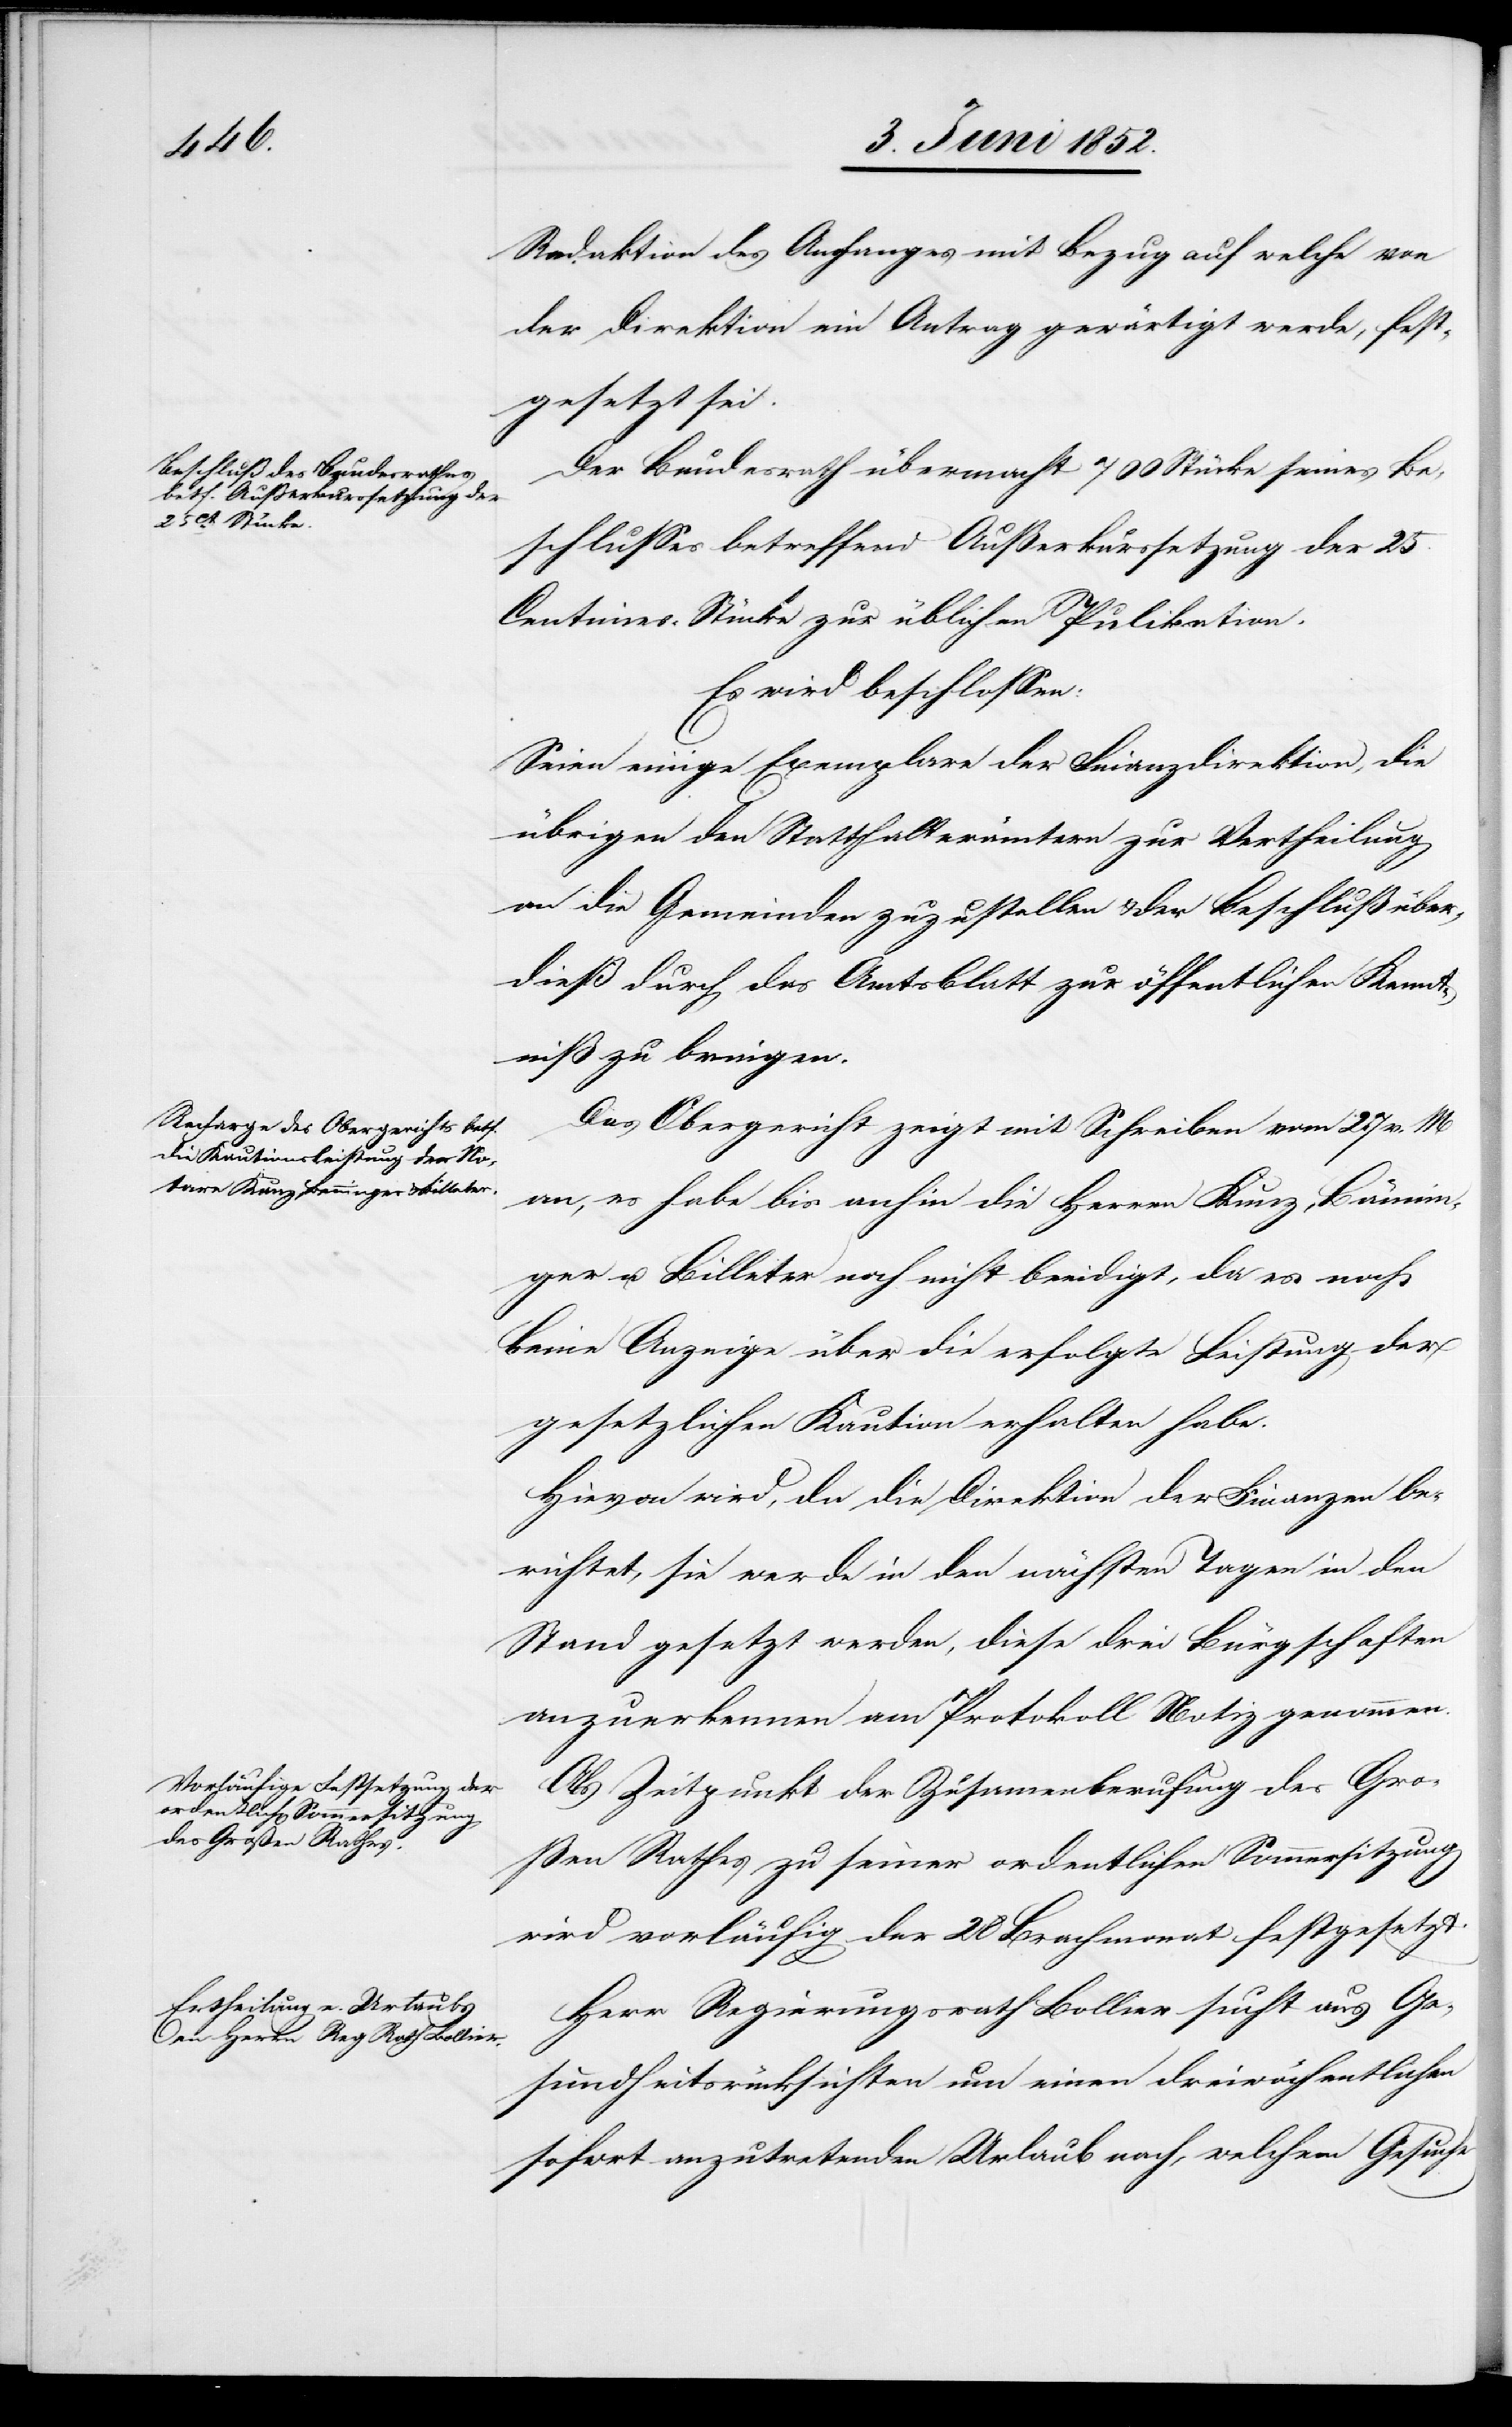
Redaktion des Anhanges mit Bezug auf welche von
der Direktion ein Antrag gewärtigt werde, fest¬
gesetzt sei.
Der Bundesrath übermacht 700 Stücke seines Be¬
schlusses betreffend Außerkurssetzung der 25
Centimes-Stücke zur üblichen Pu[b]likation.
Es wird beschlossen:
Seien einige Exemplare der Finanzdirektion, die
übrigen den Statthalterämtern zur Vertheilung
an die Gemeinden zuzustellen & der Beschluß über¬
dieß durch das Amtsblatt zur öffentlichen Kennt¬
niß zu bringen.
Das Obergericht zeigt mit Schreiben vom 27 v. M
an, es habe bis anhin die Herren Kunz, Bänninger
u. Billeter noch nicht beeidigt, da es noch
keine Anzeige über die erfolgte Leisung der
gesetzlichen Kaution erhalten habe.
Hievon wird, da die Direktion der Finanzen be¬
richtet, sie werde in den nächsten Tagen in den
Stand gesetzt werden, diese drei Bürgschaften
anzuerkennen am Protokoll Notiz genommen.
Als Zeitpunkt der Zusam[m]enberufung des Gro¬
ßen Rathes zu seiner ordentlichen Sommersitzung
wird vorläufig der 28 Brachmonat festgesetzt.
Herr Regierungsrath Bollier sucht aus Ge¬
sundheitsrücksichten um einen dreiwöchentlichen
sofort anzutretenden Urlaub nach, welchem Gesuche